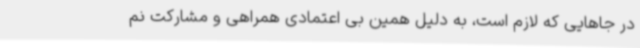
در جاهایی که لازم است، به دلیل همین بی اعتمادی همراهی و مشارکت نم